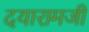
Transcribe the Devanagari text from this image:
दयारामजी